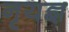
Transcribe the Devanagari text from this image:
नृयज्ञ